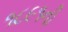
૧૮૯૧ની